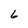
Character: 6